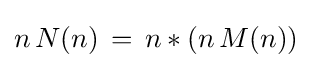
n\,N(n)\,=\,n*(n\,M(n))